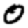
Digit: 0